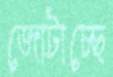
জোটাচ্ছে